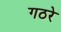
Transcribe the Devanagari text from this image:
गठरे